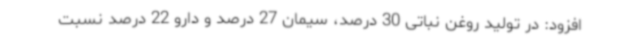
افزود: در تولید روغن نباتی 30 درصد، سیمان 27 درصد و دارو 22 درصد نسبت